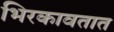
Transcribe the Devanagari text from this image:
भिरकावतात